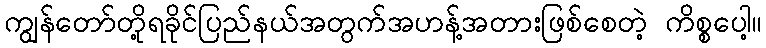
ကျွန်တော်တို့ရခိုင်ပြည်နယ်အတွက်အဟန့်အတားဖြစ်စေတဲ့ ကိစ္စပေါ့။